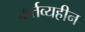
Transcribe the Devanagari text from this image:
कर्तव्यहीन